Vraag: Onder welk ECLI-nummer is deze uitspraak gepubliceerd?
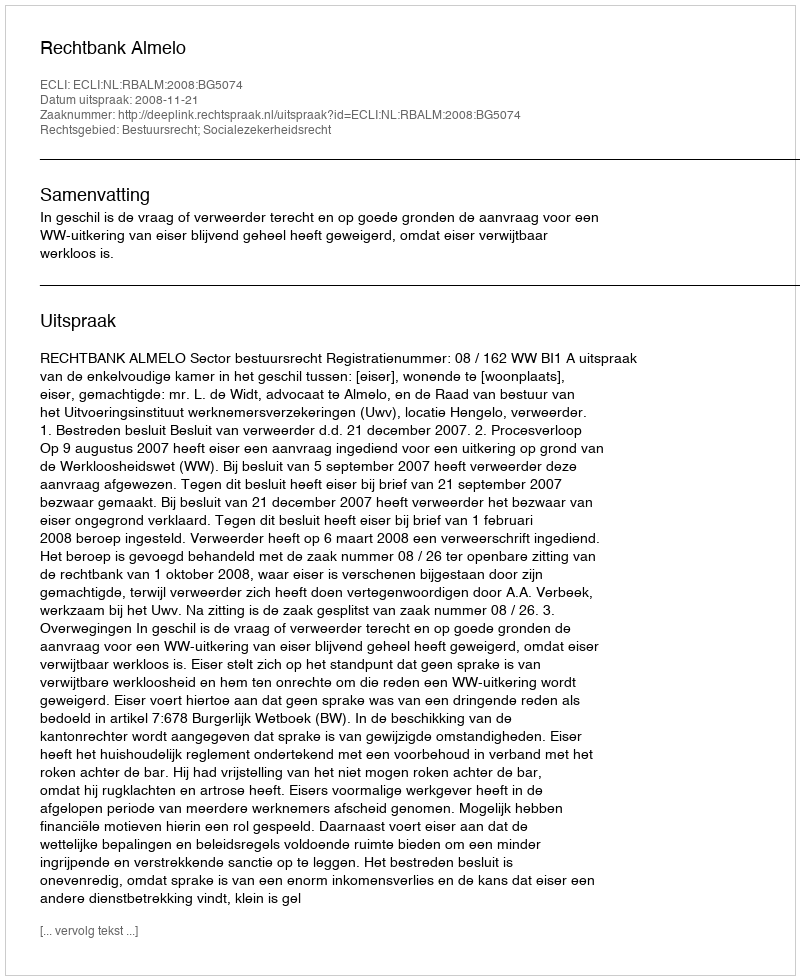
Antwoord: ECLI:NL:RBALM:2008:BG5074